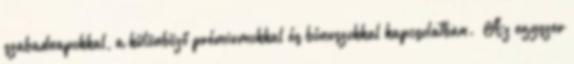
szabadnapokkal, a különböző prémiumokkal és bónuszokkal kapcsolatban. „Az egyszer